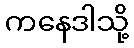
ကနေဒါသို့